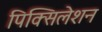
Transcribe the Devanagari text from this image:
पिक्सिलेशन